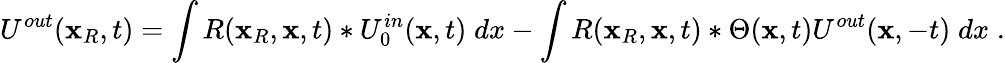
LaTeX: U^{out}(\textbf{x}_{R},t)=\int R(\textbf{x}_{R},\textbf{x},t)\ast U_{0}^{in}(\textbf{x},t)\; dx-\int R(\textbf{x}_{R},\textbf{x},t)\ast\Theta(\textbf{x},t)U^{out}(\textbf{x},-t)\; dx\; .